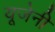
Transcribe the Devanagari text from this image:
यूजेनी